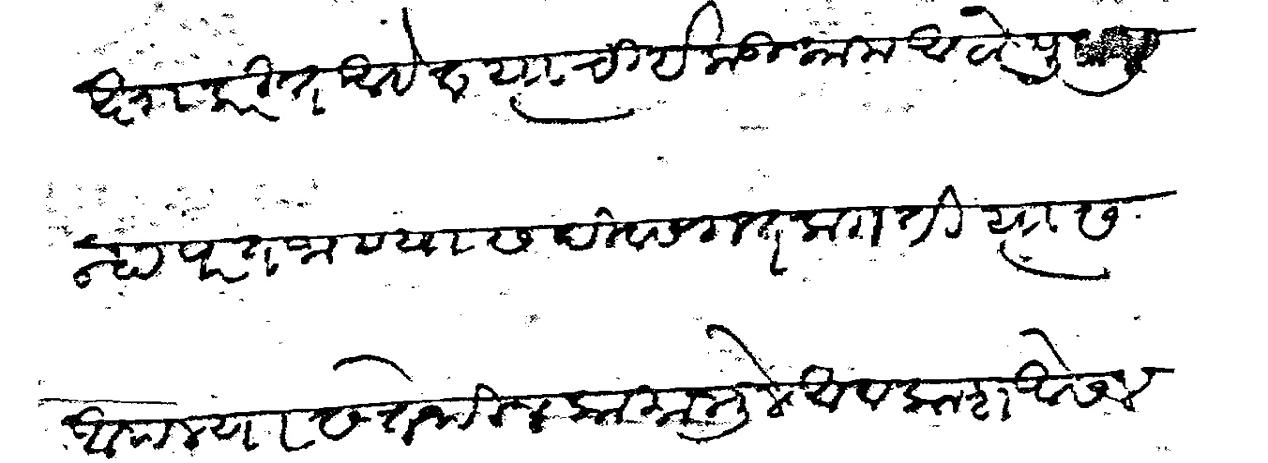
Transliteration (Devanagari): मार्गप्रतीक्षा करीत आहेत त्याची इकडील काम आटोपून पुन्हा परत जाण्यास दिवसगत लागती त्यास आपल्यास तेथील कामामुळे आवकाश आसेलच